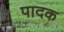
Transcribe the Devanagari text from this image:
पादक